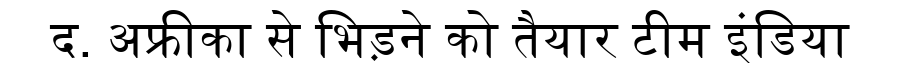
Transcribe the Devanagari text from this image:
द. अफ्रीका से भिड़ने को तैयार टीम इंडिया